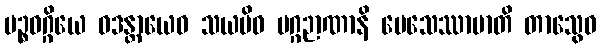
ပဉ္စဝဂ္ဂိယေ ဝဒန္တာယေဝ သယမိဓ မဂ္ဂဉာဏာနိ ပေသေဿာမာတိ တာသွေဝ